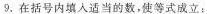
9.在括号内填入适当的数，使等式成立：